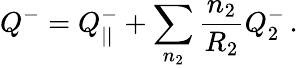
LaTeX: Q^{-}=Q_{||}^{-}+\sum_{n_{2}}\frac{n_{2}}{R_{2}}Q_{2}^{-}\, .